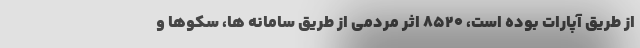
از طریق آپارات بوده است، ۸۵۲۰ اثر مردمی از طریق سامانه ها، سکوها و